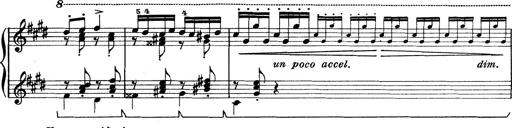
Title: Rapsodie: 19 ungheresi, 1 spagnuola
Composer: Franz Liszt